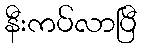
နီးကပ်လာပြီ